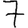
Digit: 7